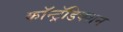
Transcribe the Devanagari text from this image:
कॉन्ट्रॅडिक्शन